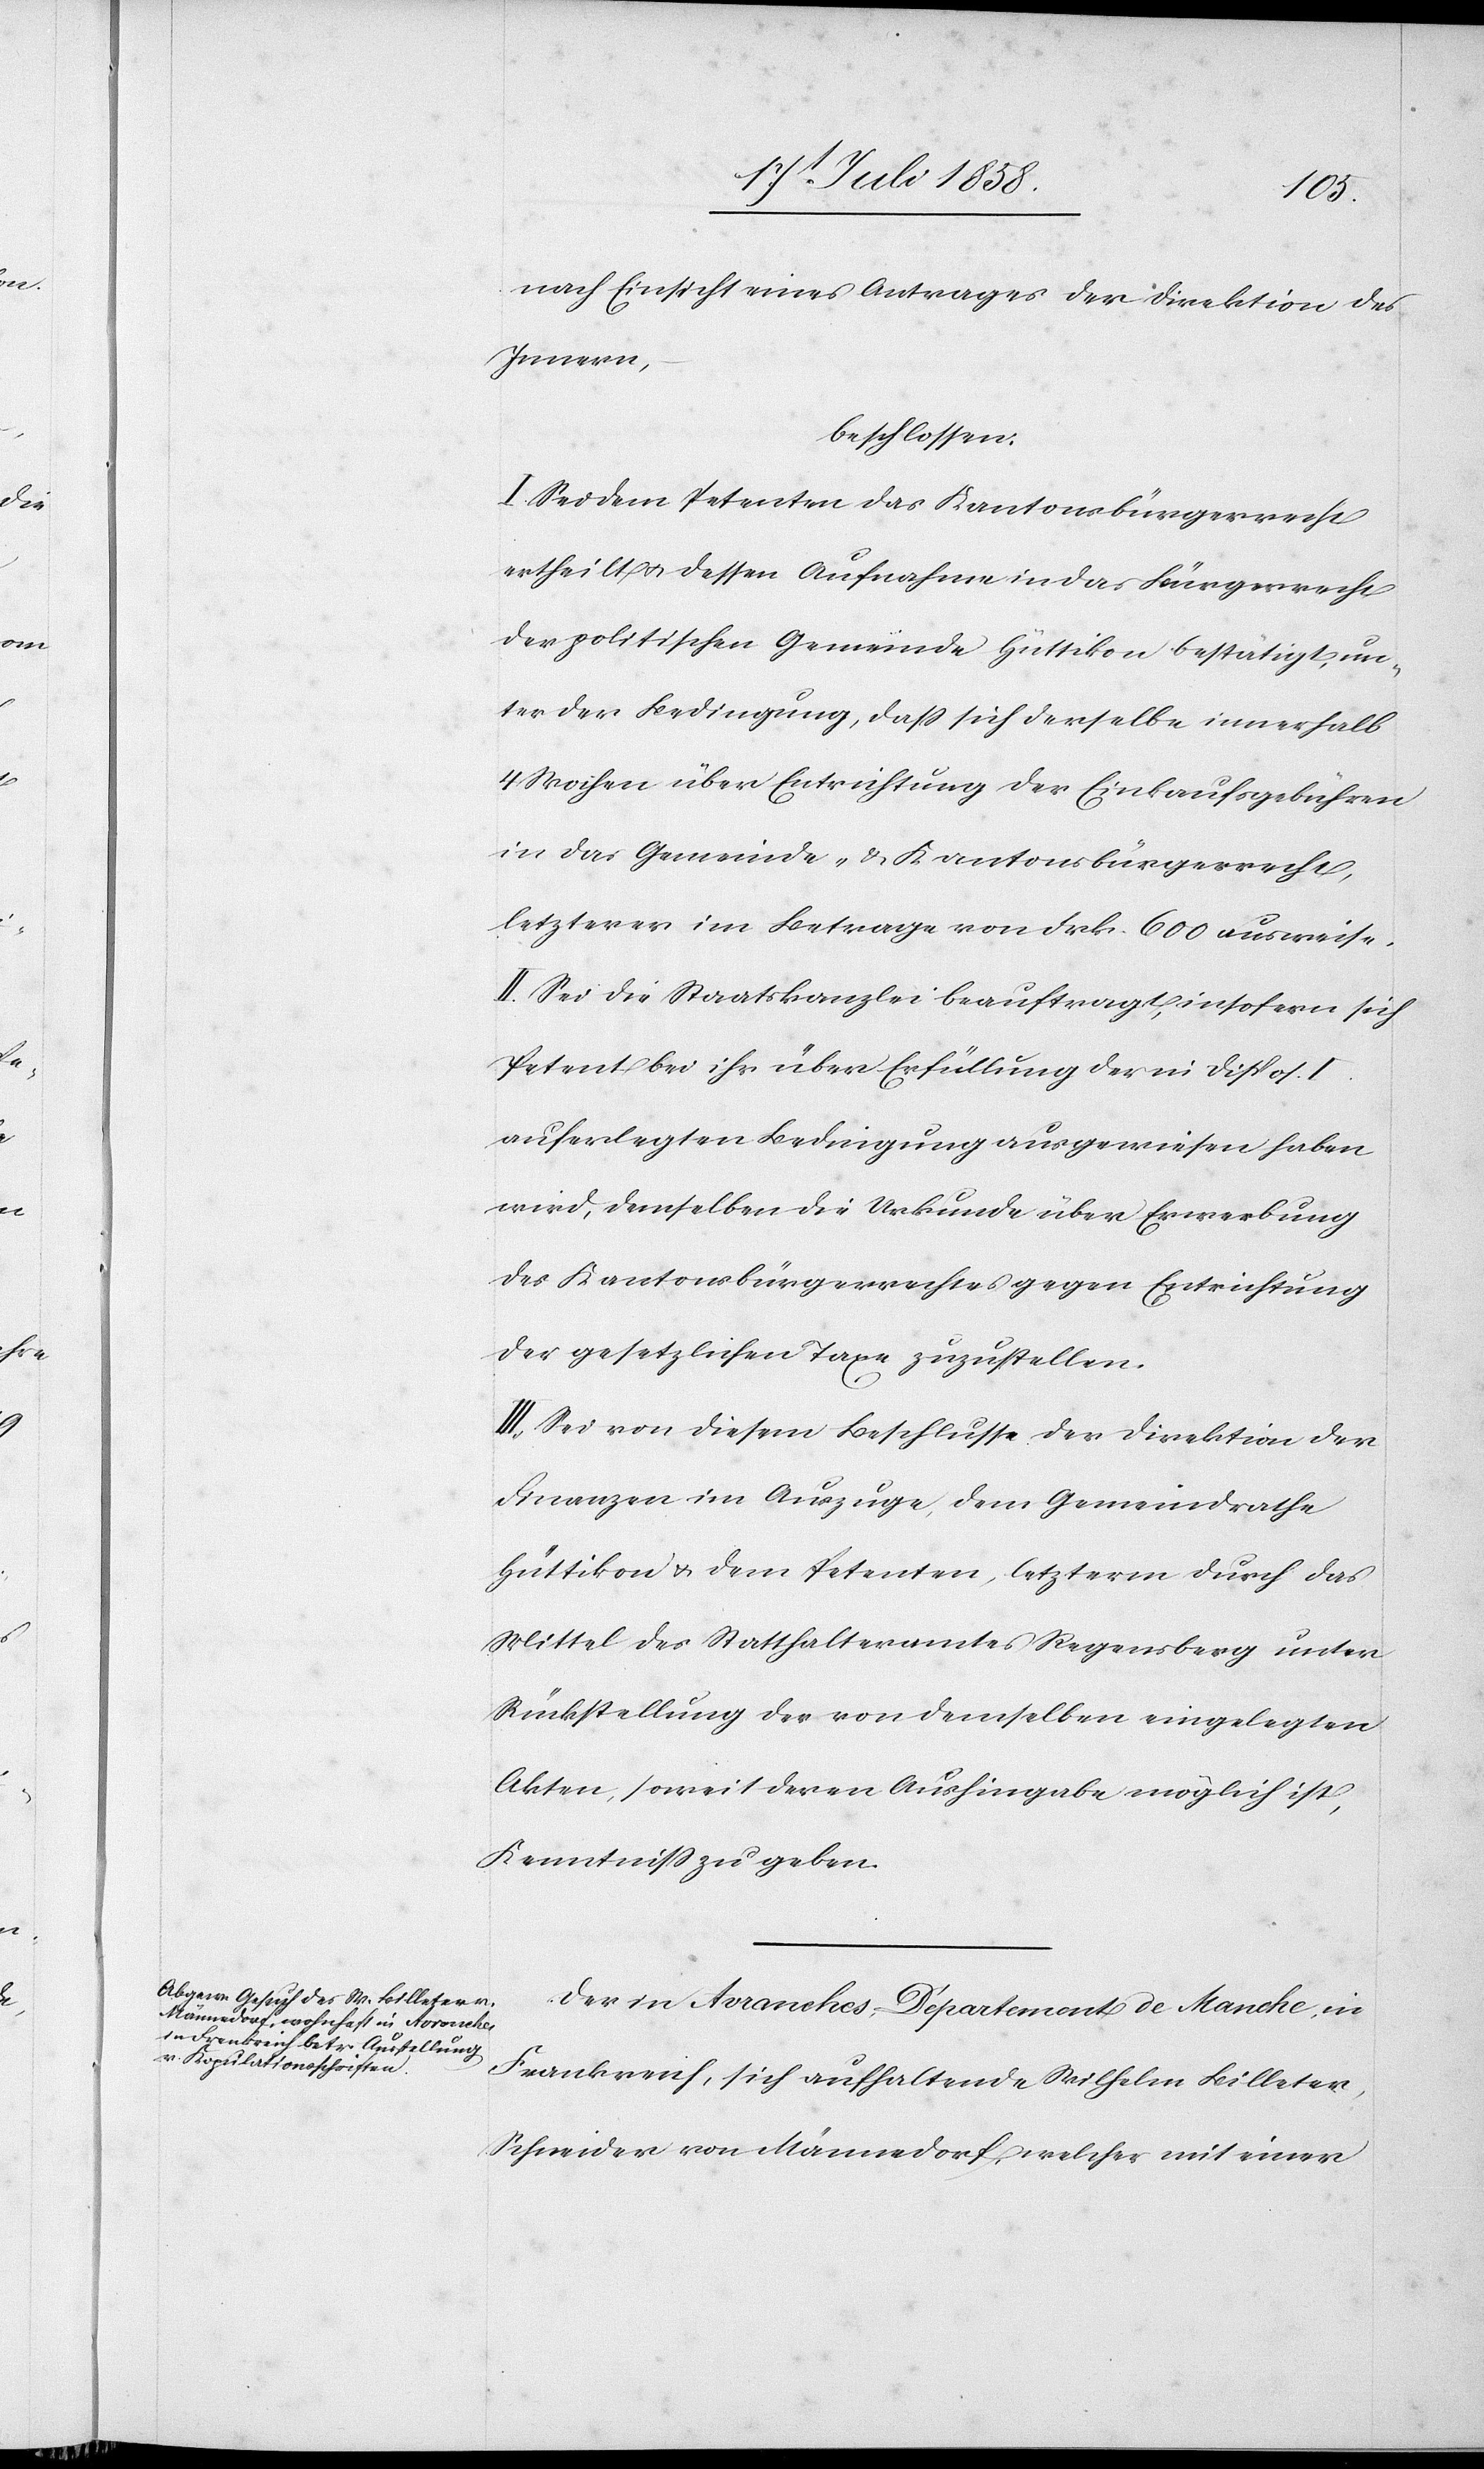
nach Einsicht eines Antrages der Direktion des
Innern,
beschlossen:
I. Sei dem Petenten das Kantonsbürgerrecht
ertheilt & dessen Aufnahme in das Bürgerrecht
der politischen Gemeinde Hüttikon bestätigt, un¬
ter der Bedingung, dass sich derselbe innerhalb
4 Wochen über Entrichtung der Einkaufsgebühren
in das Gemeinde- & Kantonsbürgerrecht,
letzterer im Betrage von Frk. 600 ausweise.
II. Sei die Staatskanzlei beauftragt, insofern sich
Petent bei ihr über Erfüllung der in Dispos. I
auferlegten Bedingung ausgewiesen haben
wird, demselben die Urkunde über Erwerbung
des Kantonsbürgerrechtes gegen Entrichtung
der gesetzlichen Taxe zuzustellen.
III. Sei von diesem Beschlusse der Direktion der
Finanzen im Auszuge, dem Gemeindrathe
Hüttikon & dem Petenten, letzterm durch das
Mittel des Statthalteramtes Regensberg unter
Rückstellung der von demselben eingelegten
Akten, soweit deren Aushingabe möglich ist,
Kenntniss zu geben.
Der in Avranches, Département de Manche, in
Frankreich, sich aufhaltende Wilhelm Billeter,
Schneider von Männedorf, welcher mit einer